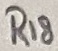
Text: R18